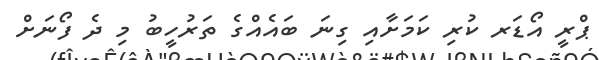
ޕްރީ އޯޑަރ ކުރި ކަމަށާއި ގިނަ ބައެއްގެ ތަރުހީބު މި ދެ ފޯނަށް